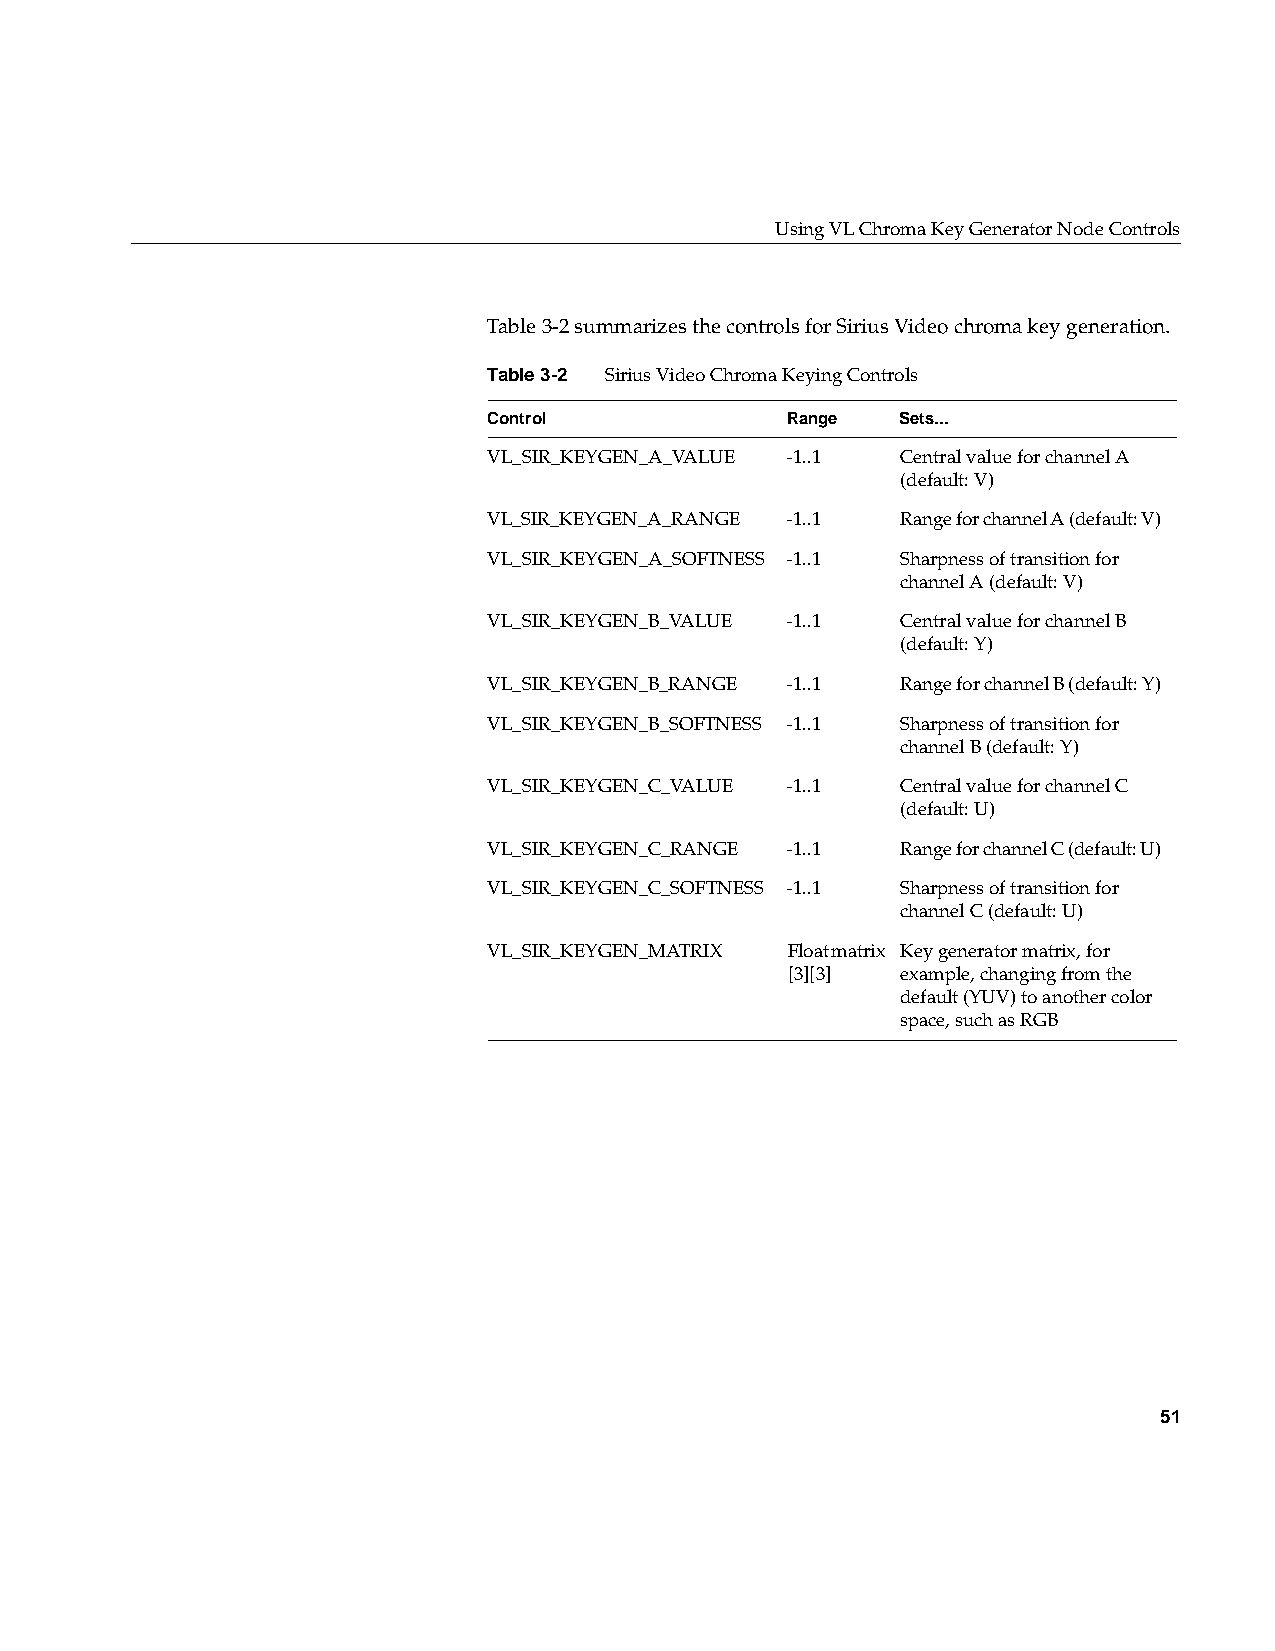
Using VL Chroma Key Generator Node Controls
 Table3-2 summarizes the controls for Sirius Video chroma key generation.
 Table3-2 Sirius Video Chroma Keying Controls
 Control             Range   Sets...
 VL_SIR_KEYGEN_A_VALUE -1..1 Central value for channel A
 (default: V)
 VL_SIR_KEYGEN_A_RANGE -1..1 Range for channel A (default: V)
 VL_SIR_KEYGEN_A_SOFTNESS -1..1 Sharpness of transition for
 channel A (default: V)
 VL_SIR_KEYGEN_B_VALUE -1..1 Central value for channel B
 (default: Y)
 VL_SIR_KEYGEN_B_RANGE -1..1 Range for channel B (default: Y)
 VL_SIR_KEYGEN_B_SOFTNESS -1..1 Sharpness of transition for
 channel B (default: Y)
 VL_SIR_KEYGEN_C_VALUE -1..1 Central value for channel C
 (default: U)
 VL_SIR_KEYGEN_C_RANGE -1..1 Range for channel C (default: U)
 VL_SIR_KEYGEN_C_SOFTNESS -1..1 Sharpness of transition for
 channel C (default: U)
 VL_SIR_KEYGEN_MATRIX Float matrix Key generator matrix, for
 [3][3]  example, changing from the
 default (YUV) to another color
 space, such as RGB
 51